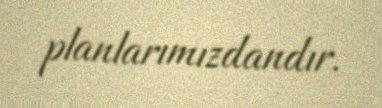
planlarımızdandır.